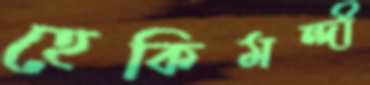
হেকিমন্দী